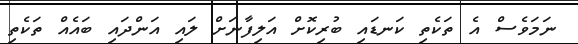
ނަމަވެސް އެ ތަކެތި ކަނޑައި ބުރިކޮށް އަލިފާނަށް ލައި އަންދައި ބައެއް ތަކެތި